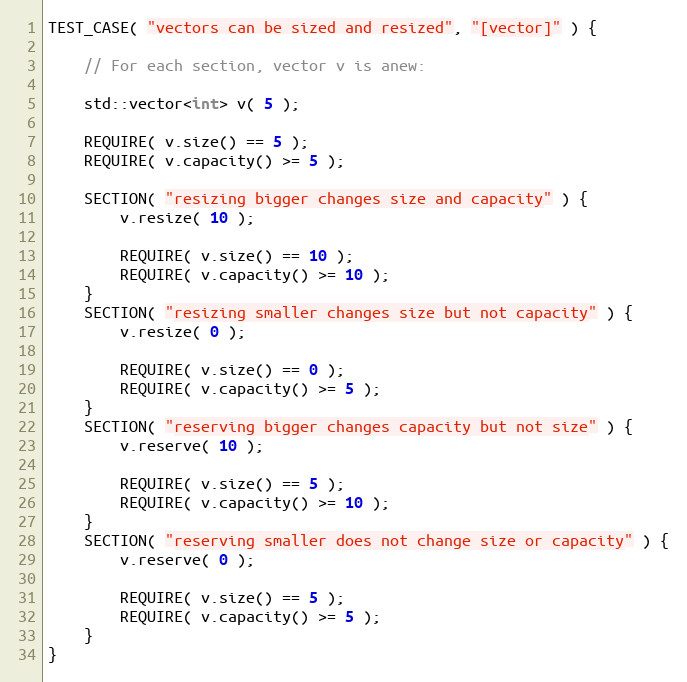
Language: C++
TEST_CASE( "vectors can be sized and resized", "[vector]" ) {

    // For each section, vector v is anew:

    std::vector<int> v( 5 );

    REQUIRE( v.size() == 5 );
    REQUIRE( v.capacity() >= 5 );

    SECTION( "resizing bigger changes size and capacity" ) {
        v.resize( 10 );

        REQUIRE( v.size() == 10 );
        REQUIRE( v.capacity() >= 10 );
    }
    SECTION( "resizing smaller changes size but not capacity" ) {
        v.resize( 0 );

        REQUIRE( v.size() == 0 );
        REQUIRE( v.capacity() >= 5 );
    }
    SECTION( "reserving bigger changes capacity but not size" ) {
        v.reserve( 10 );

        REQUIRE( v.size() == 5 );
        REQUIRE( v.capacity() >= 10 );
    }
    SECTION( "reserving smaller does not change size or capacity" ) {
        v.reserve( 0 );

        REQUIRE( v.size() == 5 );
        REQUIRE( v.capacity() >= 5 );
    }
}